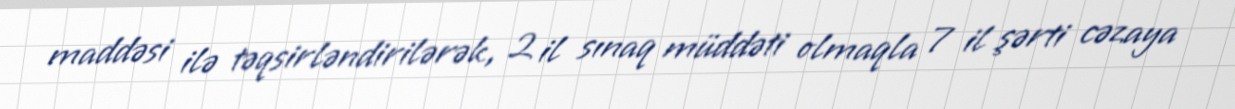
maddəsi ilə təqsirləndirilərək, 2 il sınaq müddəti olmaqla 7 il şərti cəzaya